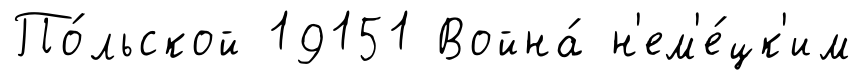
По́льской 19151 Война́ н'ем'е́цк'им